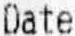
DATE